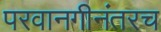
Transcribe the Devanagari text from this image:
परवानगीनंतरच